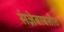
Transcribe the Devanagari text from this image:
संज्ञेबाबतीत